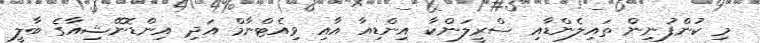
މި ކުންފުނިން ތައިލެންޑާއި ސްރީލަންކާ އިންޑިއާ އާއި ވިއެޓްނާމް އަދި އިންޑޮނޭޝިއާގެ ބާލީ